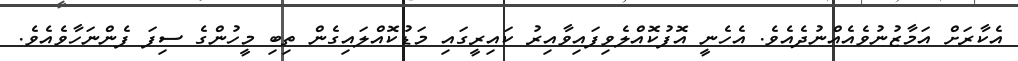
އެކާރަށް އަމާޒުނުވެއެއްނުދެއެވެ. އެހެނީ އޮފުކޮއްލެވިފައިވާއިރު ކައިރީގައި މަޑުކޮއްލައިގެން ތިބި މީހުންގެ ސިފަ ފެންނަހާވެއެވެ.